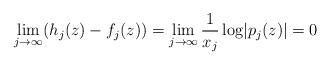
LaTeX: \begin{align*}\lim_{j \to \infty} (h_j(z) - f_j(z)) = \lim_{j\to \infty} \frac 1{x_j} \log \lvert p_j(z) \rvert = 0\end{align*}